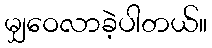
မျှဝေလာခဲ့ပါတယ်။